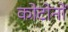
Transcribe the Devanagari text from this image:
कोटोनों